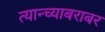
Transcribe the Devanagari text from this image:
त्यान्च्याबराबर